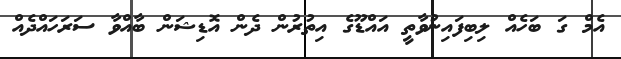
އެމް ގަ ބަހެއް ލިބިފައިނުވާތީ އައްޑޫގެ އިތުރުން ދެން އޮޑިޝަން ބާއްވާ ސަރަހައްދެއް